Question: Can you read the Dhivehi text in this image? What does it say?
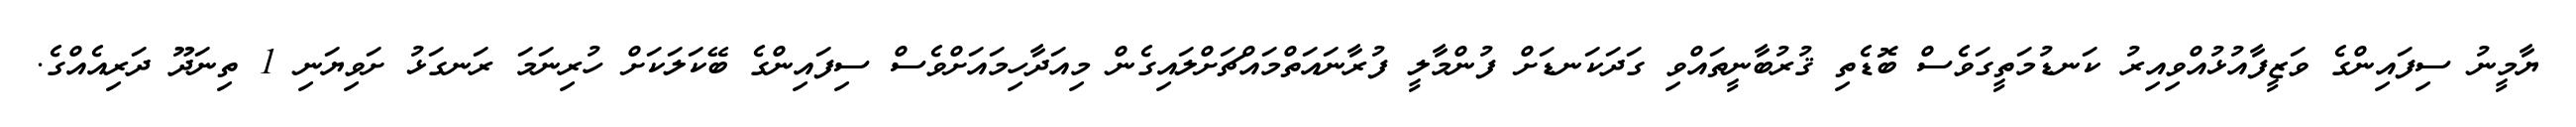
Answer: ޔާމީނު ސިފައިންގެ ވަޒީފާއުޅުއްވިއިރު ކަނޑުމަތީގަވެސް ބޮޑެތި ޤުރުބާނީތައްވި ގަދަކަނޑަށް ފުންމާލީ ފުރާނައަތްމައްޗަށްލައިގެން މިއަދާހިމައަށްވެސް ސިފައިންގެ ބޭކަލަކަށް ހުރިނަމަ ރަނގަޅު ށަވިޔަނި 1 ތިނަދޫ ދަރިއެއްގެ.